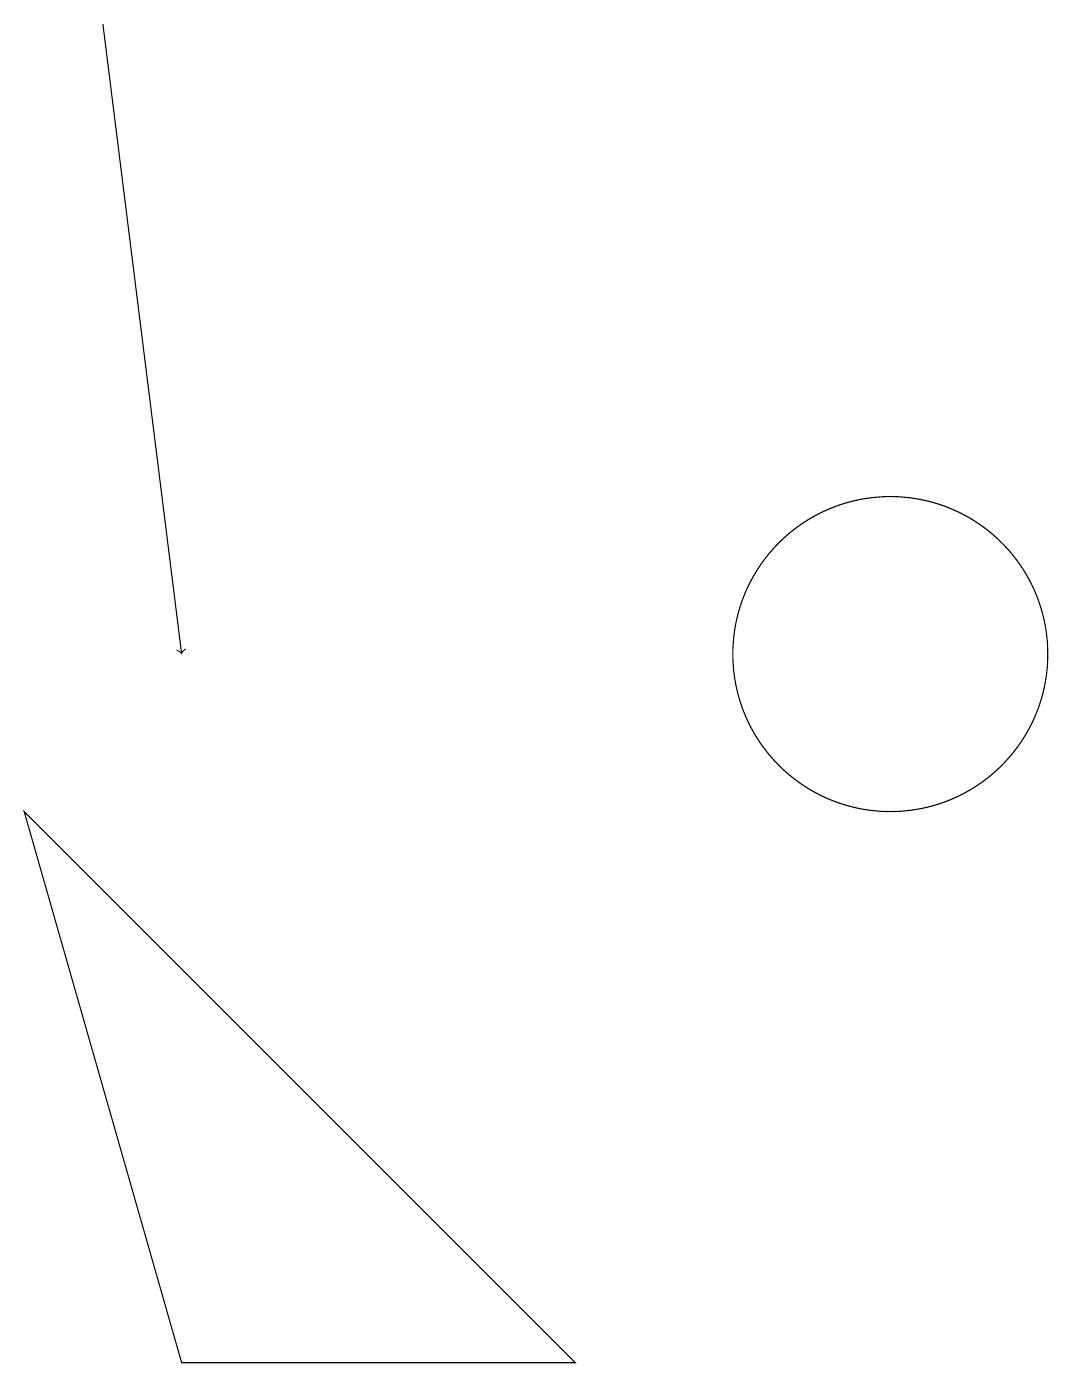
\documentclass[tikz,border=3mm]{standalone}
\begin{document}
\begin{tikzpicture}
\draw (11,10) circle (2);
\draw (2,1) -- (7,1) -- (0,8) -- cycle;
\draw[->] (1,18) -- (2,10);
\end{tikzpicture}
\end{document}